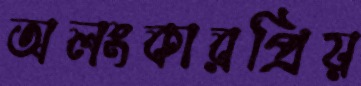
অলংকারপ্রিয়